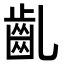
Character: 齓